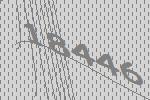
18446